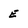
Character: E